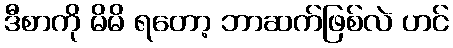
ဒီစာကို မိမိ ရတော့ ဘာဆက်ဖြစ်လဲ ဟင်